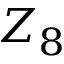
Z _ { 8 }